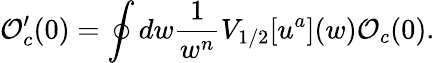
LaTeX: {\cal O}_{c}^{\prime}(0)=\oint dw\frac{1}{w^{n}}V_{1/2}[u^{a}](w){\cal O}_{c}(0).